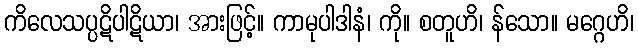
ကိလေသပ္ပဋိပါဋိယာ၊ အားဖြင့်။ ကာမုပါဒါနံ၊ ကို။ စတူဟိ၊ န်သော။ မဂ္ဂေဟိ၊